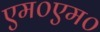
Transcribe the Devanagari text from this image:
एम०एम०